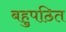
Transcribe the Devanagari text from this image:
बहुपठित